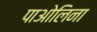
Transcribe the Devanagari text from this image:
पाओलिना